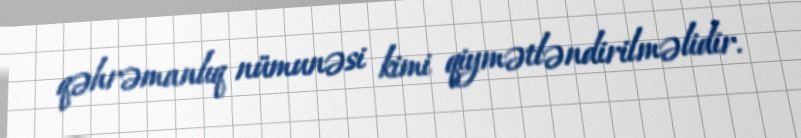
qəhrəmanlıq nümunəsi kimi qiymətləndirilməlidir.